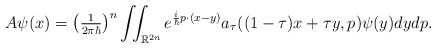
\begin{align*}A\psi(x)=\left( \tfrac{1}{2\pi\hbar}\right) ^{n}\iint\nolimits_{\mathbb{R}^{2n}}e^{\frac{i}{\hbar}p\cdot(x-y)}a_{\tau}((1-\tau)x+\tau y,p)\psi(y)dydp.\end{align*}